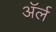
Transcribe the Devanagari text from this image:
अॅर्ल